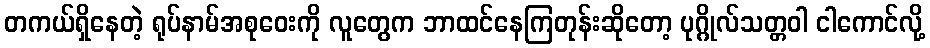
တကယ်ရှိနေတဲ့ ရုပ်နာမ်အစုဝေးကို လူတွေက ဘာထင်နေကြတုန်းဆိုတော့ ပုဂ္ဂိုလ်သတ္တဝါ ငါကောင်လို့